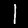
Label: 1